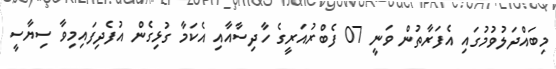
މިބައްދަލުވުމުގައި އެފަރާތުން ވަނީ 07 ފެބްރުއަރީގެ ހާދިސާއާއި އެކަމާ ގުޅިގެން އުފެދިފައިމިވާ ސިޔާސީ